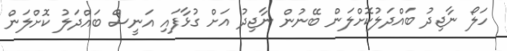
ހަލޯ ނާޖިދު ބައްދަލުކޮށްލަން ބޭނުން ނާޖިދު އަށް ގުޅާފައި އަނީސް ބައްދަލު ކޮށްލަން